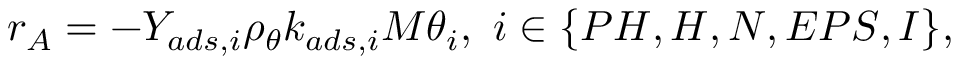
r _ { A } = - Y _ { a d s , i } \rho _ { \theta } k _ { a d s , i } M \theta _ { i } , \ i \in \{ P H , H , N , E P S , I \} ,